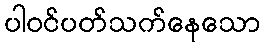
ပါဝင်ပတ်သက်နေသော